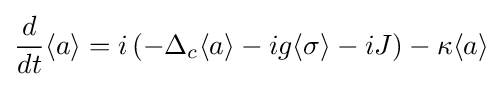
{\frac {d}{dt}}\langle a\rangle =i\left(-\Delta _{c}\langle a\rangle -ig\langle \sigma \rangle -iJ\right)-\kappa \langle a\rangle